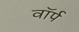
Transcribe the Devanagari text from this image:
वॉर्प